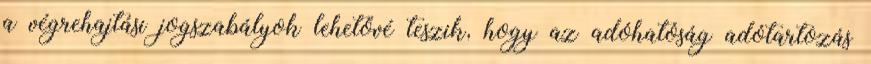
a végrehajtási jogszabályok lehetővé teszik, hogy az adóhatóság adótartozás